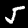
Digit: 5